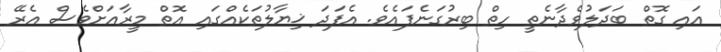
އައި ގޮތް ބަދަލުވެދާނެތީ ހިތް ބިރުގަނެފައެވެ. އެފަދަ ޚިޔާލުތަކެއްގައި އޮތް މީރާއަށްވެސް އެރޭ